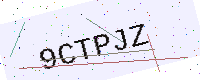
Text: 9CTPJZ